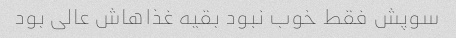
سوپش فقط خوب نبود بقیه غذاهاش عالی بود